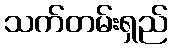
သက်တမ်းရှည်